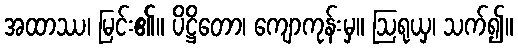
အထာဿ၊ မြင်း၏။ ပိဋ္ဌိတော၊ ကျောကုန်းမှ။ ဩရုယှ၊ သက်၍။